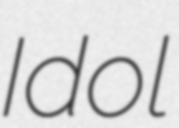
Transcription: Idol